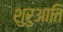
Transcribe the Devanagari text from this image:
शुरुआति